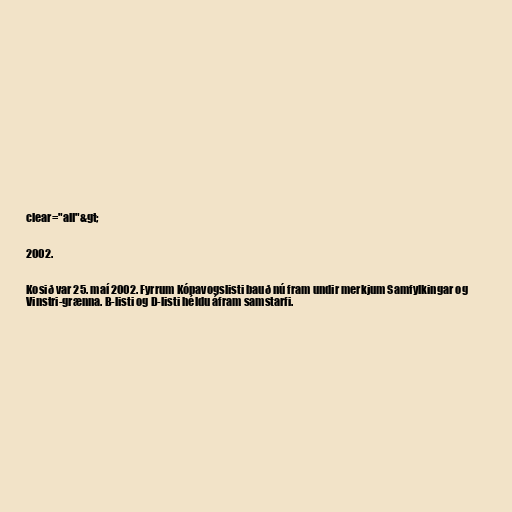
clear="all"&gt;

2002.

Kosið var 25. maí 2002. Fyrrum Kópavogslisti bauð nú fram undir merkjum Samfylkingar og
Vinstri-grænna. B-listi og D-listi héldu áfram samstarfi.